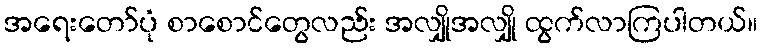
အရေးတော်ပုံ စာစောင်တွေလည်း အလျှိုအလျှို ထွက်လာကြပါတယ်။